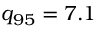
{ q _ { 9 5 } = 7 . 1 }